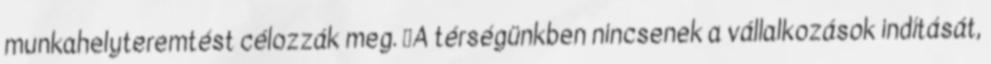
munkahelyteremtést célozzák meg. ▪A térségünkben nincsenek a vállalkozások indítását,